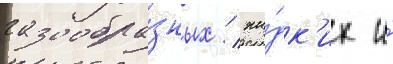
газообра́зных / жи́дк'их и́